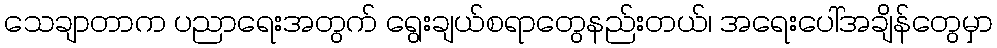
သေချာတာက ပညာရေးအတွက် ရွေးချယ်စရာတွေနည်းတယ်၊ အရေးပေါ်အချိန်တွေမှာ